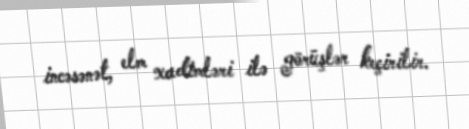
incəsənət, elm xadimləri ilə görüşlər keçirilir.